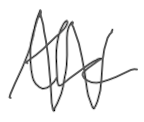
Text: the
Cross-out: zig-zag
Writing tool: digital_gray